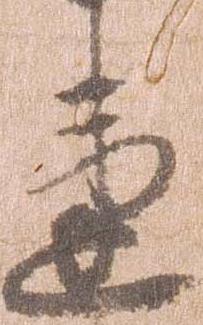
違